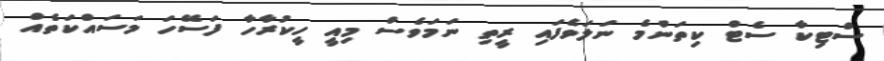
ސްޓިކާ ސެޓް ކިތަންމެ ނަލަވެފައި ރީތި ނަމަވެސް މިއީ ހީކުރާހާ ފަސޭހަ މަސައްކަތެއް